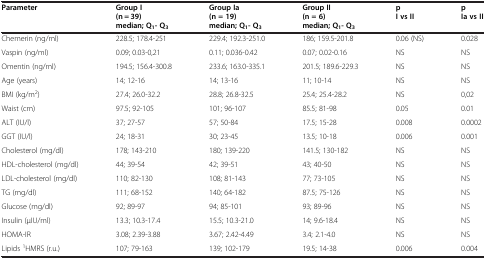
<table><thead><tr><td><b>Parameter</b></td><td><b>Group I (n = 39) median; Q<sub>1</sub>- Q<sub>3</sub></b></td><td><b>Group Ia (n = 19) median; Q<sub>1</sub>- Q<sub>3</sub></b></td><td><b>Group II (n = 6) median; Q<sub>1</sub>- Q<sub>3</sub></b></td><td><b>p I vs II</b></td><td><b>p Ia vs II</b></td></tr></thead><tbody><tr><td>Chemerin (ng/ml)</td><td>228.5; 178.4-251</td><td>229.4; 192.3-251.0</td><td>186; 159.5-201.8</td><td>0.06 (NS)</td><td>0.028</td></tr><tr><td>Vaspin (ng/ml)</td><td>0.09; 0.03-0,21</td><td>0.11; 0.036-0.42</td><td>0.07; 0.02-0.16</td><td>NS</td><td>NS</td></tr><tr><td>Omentin (ng/ml)</td><td>194.5; 156.4-300.8</td><td>233.6; 163.0-335.1</td><td>201.5; 189.6-229.3</td><td>NS</td><td>NS</td></tr><tr><td>Age (years)</td><td>14; 12-16</td><td>14; 13-16</td><td>11; 10-14</td><td>NS</td><td>NS</td></tr><tr><td>BMI (kg/m<sup>2</sup>)</td><td>27.4; 26.0-32.2</td><td>28.8; 26.8-32.5</td><td>25.4; 25.4-28.2</td><td>NS</td><td>0,02</td></tr><tr><td>Waist (cm)</td><td>97.5; 92-105</td><td>101; 96-107</td><td>85.5; 81-98</td><td>0.05</td><td>0.01</td></tr><tr><td>ALT (IU/l)</td><td>37; 27-57</td><td>57; 50-84</td><td>17.5; 15-28</td><td>0.008</td><td>0.0002</td></tr><tr><td>GGT (IU/l)</td><td>24; 18-31</td><td>30; 23-45</td><td>13.5; 10-18</td><td>0.006</td><td>0.001</td></tr><tr><td>Cholesterol (mg/dl)</td><td>178; 143-210</td><td>180; 139-220</td><td>141.5; 130-182</td><td>NS</td><td>NS</td></tr><tr><td>HDL-cholesterol (mg/dl)</td><td>44; 39-54</td><td>42; 39-51</td><td>43; 40-50</td><td>NS</td><td>NS</td></tr><tr><td>LDL-cholesterol (mg/dl)</td><td>110; 82-130</td><td>108; 81-143</td><td>77; 73-105</td><td>NS</td><td>NS</td></tr><tr><td>TG (mg/dl)</td><td>111; 68-152</td><td>140; 64-182</td><td>87.5; 75-126</td><td>NS</td><td>NS</td></tr><tr><td>Glucose (mg/dl)</td><td>92; 89-97</td><td>94; 85-101</td><td>93; 89-96</td><td>NS</td><td>NS</td></tr><tr><td>Insulin (μIU/ml)</td><td>13.3; 10.3-17.4</td><td>15.5; 10.3-21.0</td><td>14; 9.6-18.4</td><td>NS</td><td>NS</td></tr><tr><td>HOMA-IR</td><td>3.08; 2.39-3.88</td><td>3.67; 2.42-4.49</td><td>3.4; 2.1-4.0</td><td>NS</td><td>NS</td></tr><tr><td>Lipids <sup>1</sup>HMRS (r.u.)</td><td>107; 79-163</td><td>139; 102-179</td><td>19.5; 14-38</td><td>0.006</td><td>0.004</td></tr></tbody></table>